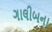
ગાલીબના